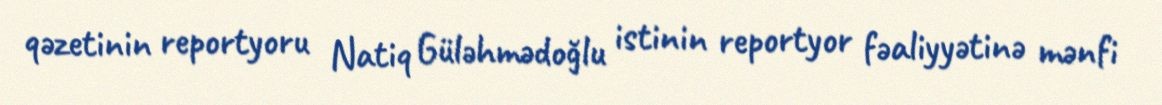
qəzetinin reportyoru Natiq Güləhmədoğlu istinin reportyor fəaliyyətinə mənfi